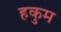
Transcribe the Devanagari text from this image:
हकुम